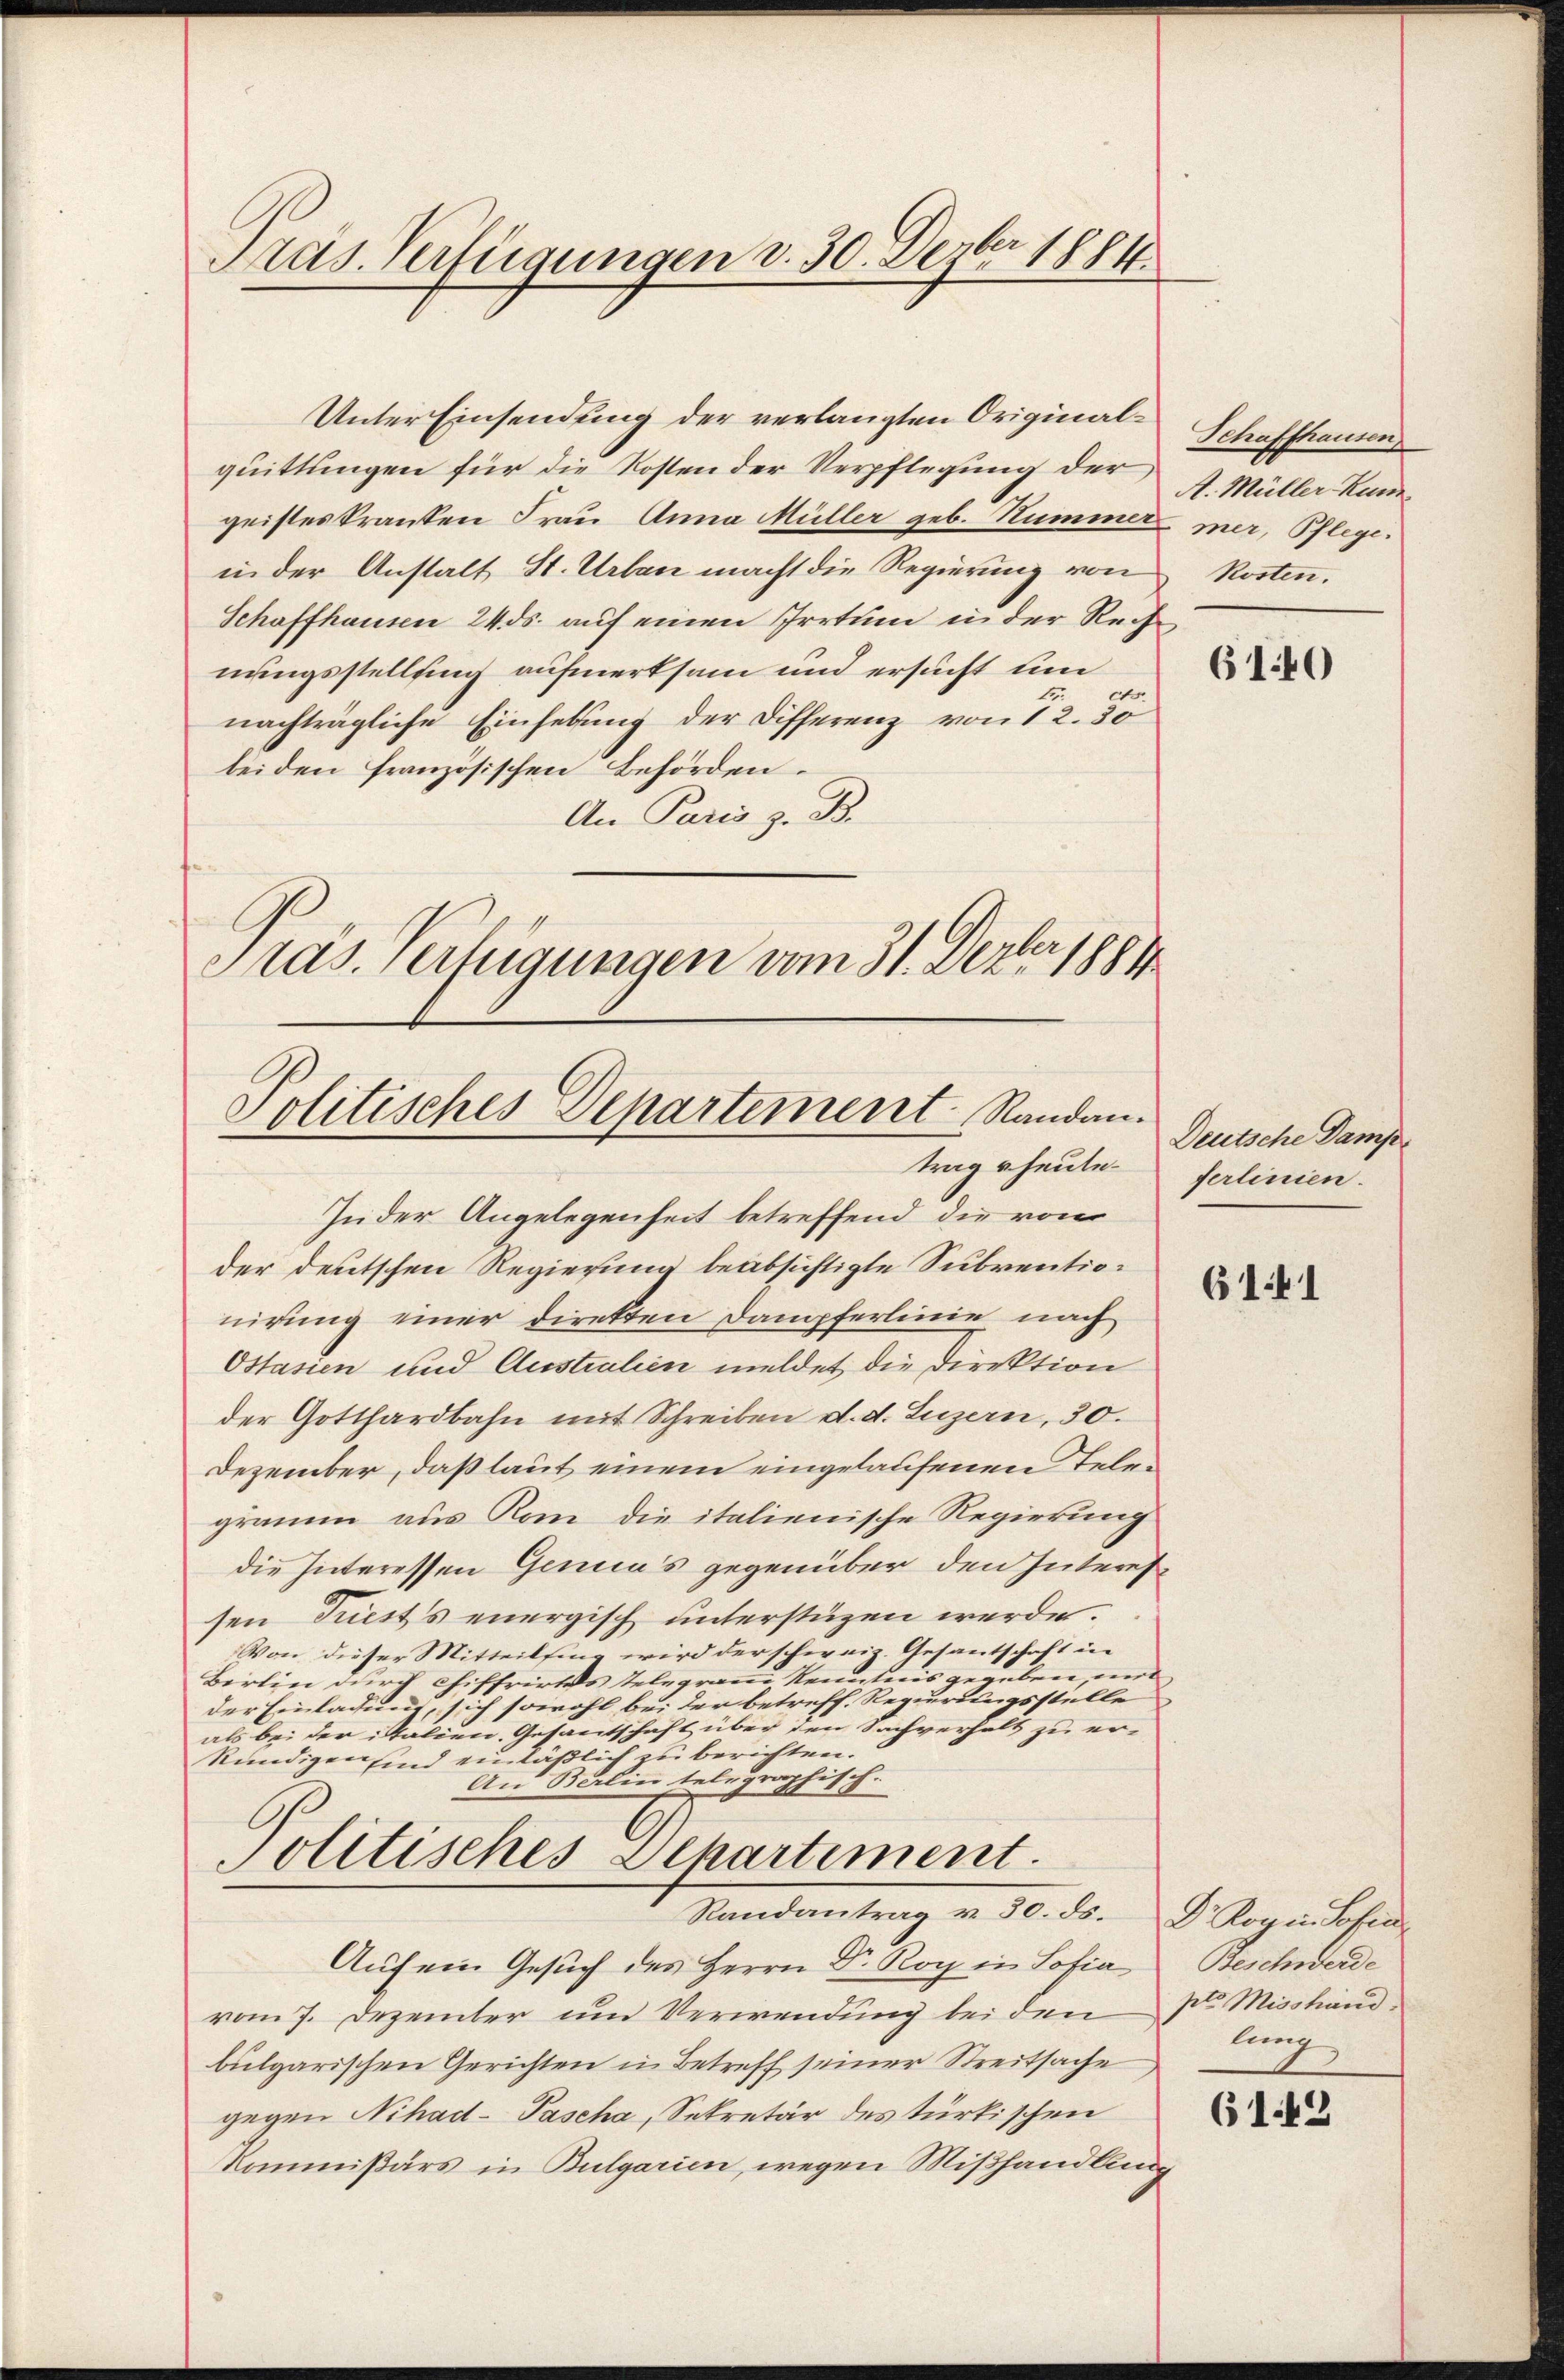
geisteskranken Frau Anna Müller geb. Hummel mer, Pflege.
in der Anstalt St. Urban macht die Regierung von
Schaffhausen 24. ds. auf einen Irrtum in der Rech
nungsstellung aufmerksam und ersucht um
nachträgliche Einhebung der Differenz von 12. 30
bei den französischen Behörden.
An Paris z. B.
Pas. Verfügungen vom 31. Dezbr 1881

Präs. Verfügungen v. 30. Dezbr 1884.

Unter Einsendung der verlangten Originalquittungen für die Kosten der Verpflegung der

Politisches Departement Randan
trag heute.

Jn der Angelegenheit betreffend die von
der deutschen Regierung beabsichtigte Subventionirung einer direkten Dampferlinie nach
Ostasien und Australien meldet die Direktion
der Gotthardbahn mit Schreiben d. d. Luzern, 30.
Dezember, daß laut einem eingelaufenen Telegramm aus Rom die italienische Regierung
die Interessen Genies gegenüber den Interes
sen Triest’s energisch unterstüzen werde.
Von dieser Mitteilsing wird der schweiz. Gesantschaft in
Birlin durch Chiffrirtes Telegramm Kenntnis gegeben, und
der Einladung, sich sowohl bei der betreff. Regierungsstelle
als bei der italien. Gesantschaft über den Sachverhalt zu er-
kündigen sind einläßlich berichten.
An Berlin telegraphisch-
Politisches Departement.
Randantrag v. 30. ds. Dr. Rogin. Sofia
Auf ein Gesuch des Herrn Dr. Roy in Sofia Beschwerde
vom 7. Dezember um Verwendung bei den pr. Misshandbulgarischen Gerichten in Betreff seiner Streitsache
gegen Nihad- Pascha, Sekretär des türkischen
Kommißärs in Bulgarien, wegen Mißhandlung

Schaffhausen
A. Müller Kun
kosten.

610

Deutsche Damp
ferlinien.

6141

lung

6142